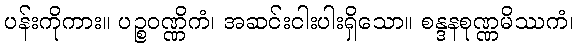
ပန်းကိုကား။ ပဉ္စဝဏ္ဏိကံ၊ အဆင်းငါးပါးရှိသော။ စန္ဒနစုဏ္ဏမိဿကံ၊